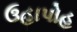
ઉહાપોહ